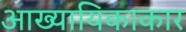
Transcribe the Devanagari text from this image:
आख्यायिकाकार